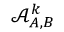
\mathcal { A } _ { A , B } ^ { k }